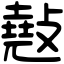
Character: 𢿣